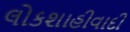
લોકશાહીવાદી